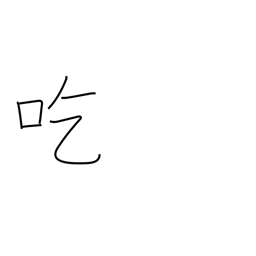
Meaning: stammer